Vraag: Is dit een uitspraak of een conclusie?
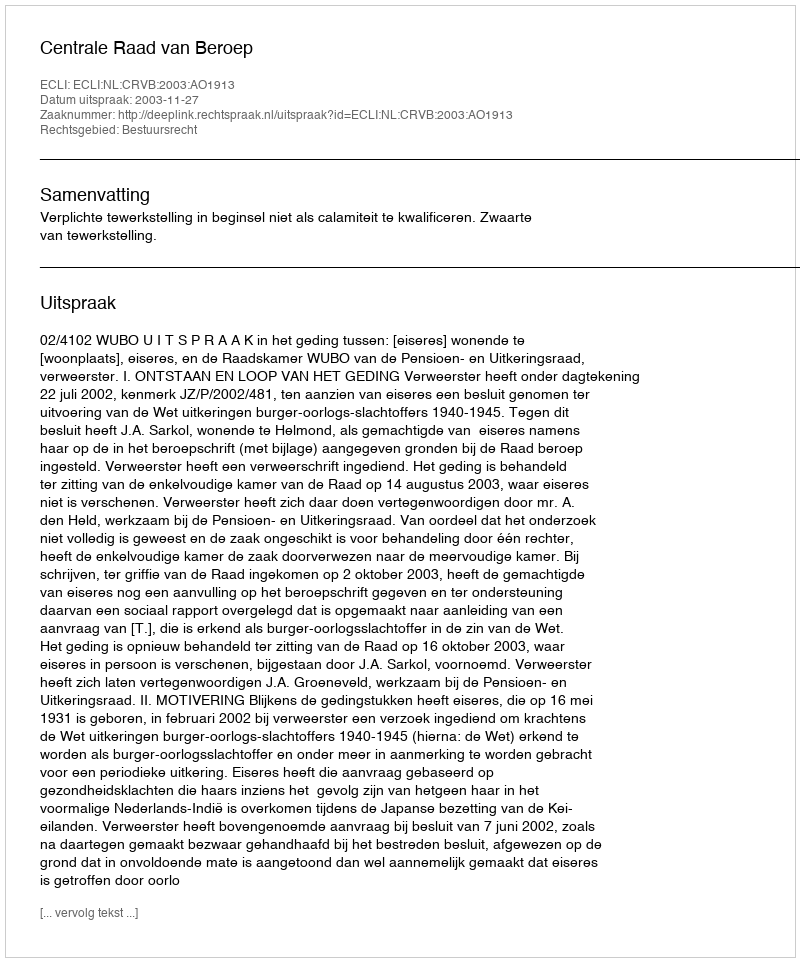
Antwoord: Uitspraak